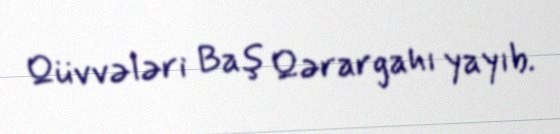
Qüvvələri Baş Qərargahı yayıb.